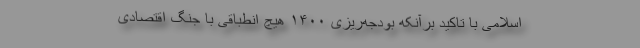
اسلامی با تاکید برآنکه بودجه‌ریزی ۱۴۰۰ هیچ انطباقی با جنگ اقتصادی